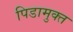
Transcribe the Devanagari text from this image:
पिडामुक्त